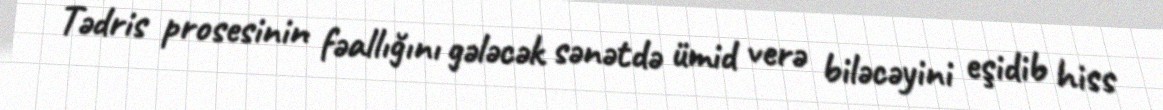
Tədris prosesinin fəallığını gələcək sənətdə ümid verə biləcəyini eşidib hiss